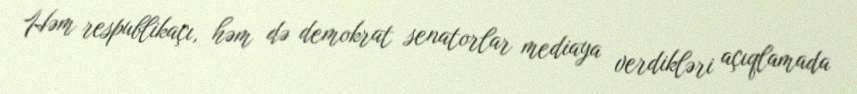
Həm respublikaçı, həm də demokrat senatorlar mediaya verdikləri açıqlamada